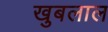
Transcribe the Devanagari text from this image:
खुबलाल